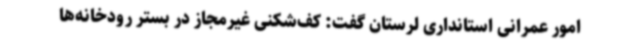
امور عمرانی استانداری لرستان گفت: کف‌شکنی غیرمجاز در بستر رودخانه‌ها